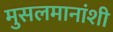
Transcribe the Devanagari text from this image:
मुसलमानांशी